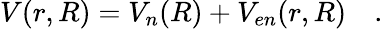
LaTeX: \begin{array}{r}{V(r,R)=V_{n}(R)+V_{en}(r,R)\quad.}\end{array}